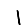
Digit: 1